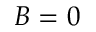
B = 0